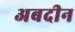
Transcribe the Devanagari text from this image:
अबदीन